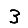
Digit: 3